Leningradi_Edasi_toimetus, lk 34
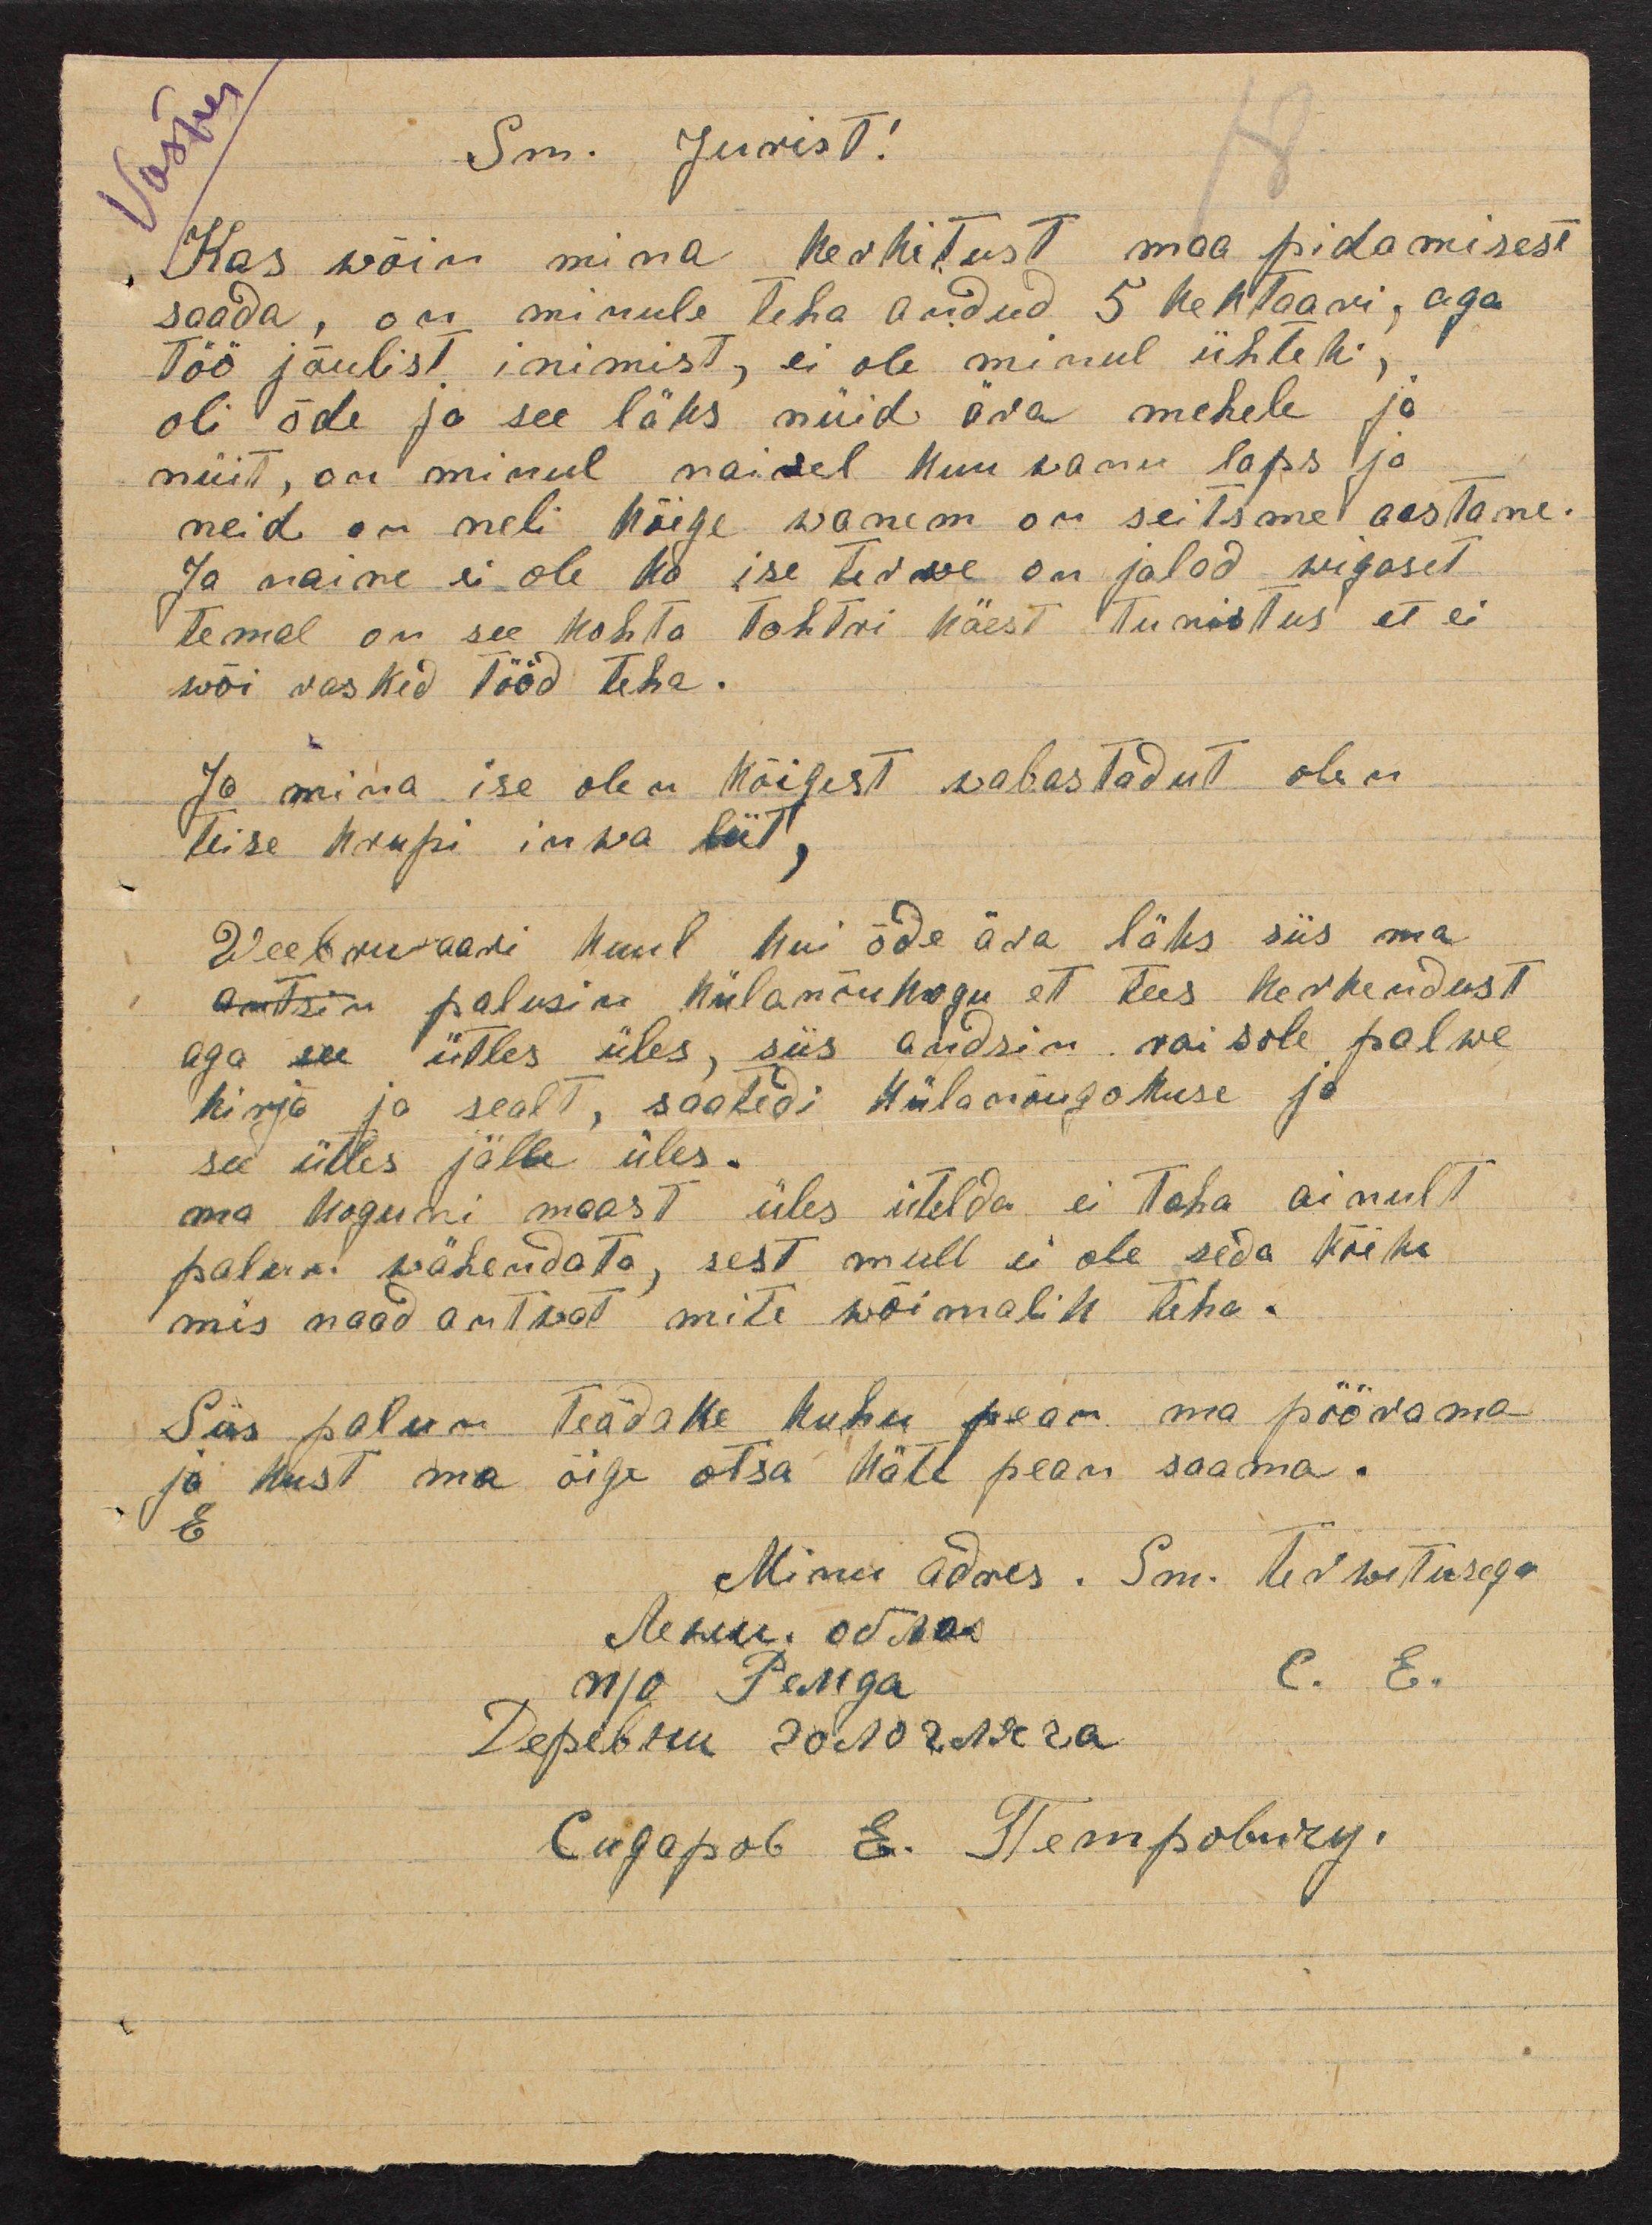
Sm. Jurist!
Kas wõin mina kerhitust maa pidamisest
saada, on minule teha andud 5 hektaari, aga
töö jõulist inimist, ei ole minul ühteki,
oli õde ja see läks nüid ära mehele ja
nüit, on minul naisel kuu wanu laps ja
neid on neli kõige wanem on seitsme aastane.
Ja naine ei ole ka ise terwe on jalad wigaset
temal on see kohta tohtri käest tunistus et ei
wõi raskid tööd teha.
Ja mina ise olen kõigest wabastadut olen
teise krupi inwa liit
Weebruaari kuul kui õde ära läks siis ma
antsin palusin külanõukogu et tees kerkendust
aga see ütles üles, siis andsin naisele palwe
kirja ja sealt, saatedi külanõugokuse ja
see ütles jälle üles.
ma koguni maast üles ütelda ei taha ainult
palun wähendata, sest mull ei ole seda kõike
mis naad antwat mite wõimalik teha.
Siis palun teadake kuhu pean ma pöörama
ja kust ma õige otsa kätt pean saama.
E
Minu adres. Sm. terwitusega
C. E.